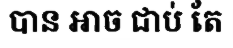
បាន អាច ជាប់ តែ